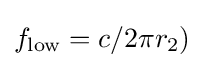
f_{\text{low}}=c/2\pi r_{2})